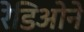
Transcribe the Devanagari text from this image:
रेडिओने